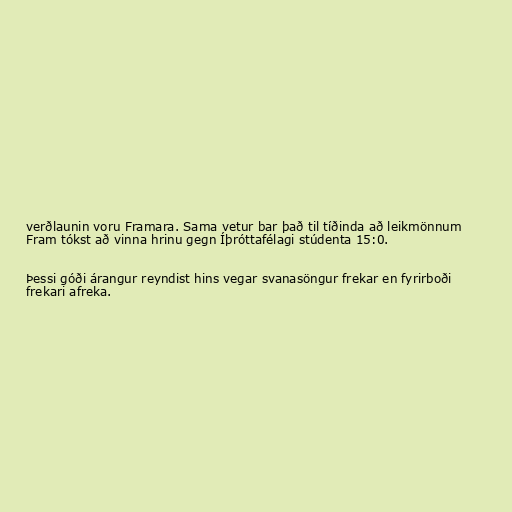
verðlaunin voru Framara. Sama vetur bar það til tíðinda að leikmönnum
Fram tókst að vinna hrinu gegn Íþróttafélagi stúdenta 15:0.

Þessi góði árangur reyndist hins vegar svanasöngur frekar en fyrirboði
frekari afreka.